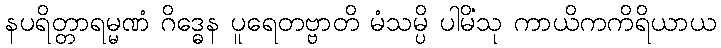
နပရိတ္တာရမ္မဏံ ဂိဒ္ဓေန ပူရေတဗ္ဗာတိ မံသမ္ပိ ပါမိံသု ကာယိကကိရိယာယ